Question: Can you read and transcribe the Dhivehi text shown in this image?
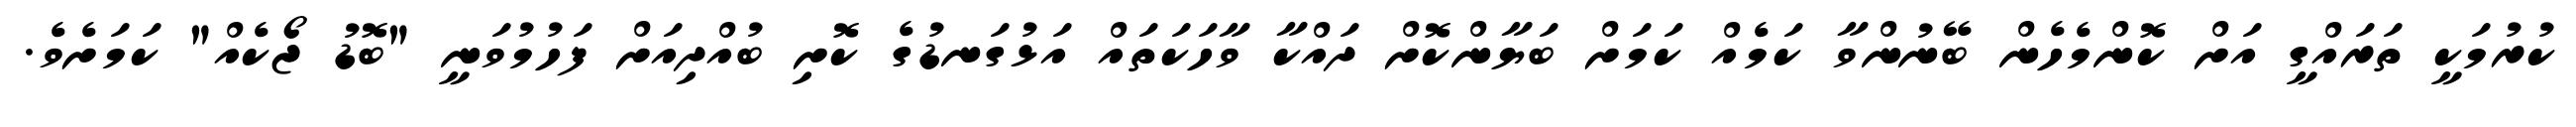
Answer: ކުރުމަކީ ތަރައްގީ އަށް ކޮންމެހެން ބޭނުންވާ ކަމެއް ކަމަށް ބަޔާންކޮށް ދައްކާ ވާހަކަތައް އަޅުގަނޑުގެ ކޮށި ބުއްދިއަށް ފަހުމުވަނީ "ބޮޑު ޖޯކެއް" ކަމަށެވެ.